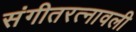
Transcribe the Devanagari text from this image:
संगीतरत्नावली